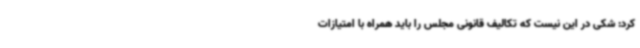
کرد: شکی در این نیست که تکالیف قانونی مجلس را باید همراه با امتیازات